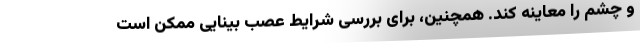
و چشم را معاینه کند. همچنین، برای بررسی شرایط عصب بینایی ممکن است